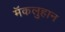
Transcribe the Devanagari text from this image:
मॅकलुहान